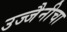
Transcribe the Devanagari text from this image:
उज्जैनीचा